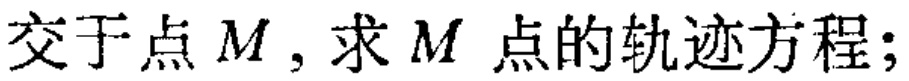
交于点\(M\)，求\(M\)点的轨迹方程;